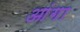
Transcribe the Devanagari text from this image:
आंगा